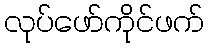
လုပ်ဖော်ကိုင်ဖက်